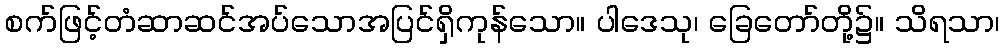
စက်ဖြင့်တံဆာဆင်အပ်သောအပြင်ရှိကုန်သော။ ပါဒေသု၊ ခြေတော်တို့၌။ သိရသာ၊